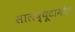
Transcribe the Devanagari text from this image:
सालब्यूटामोल